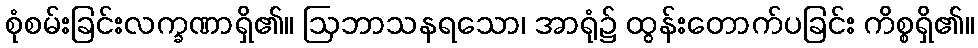
စုံစမ်းခြင်းလက္ခဏာရှိ၏။ ဩဘာသနရသော၊ အာရုံ၌ ထွန်းတောက်ပခြင်း ကိစ္စရှိ၏။